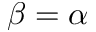
\beta = \alpha